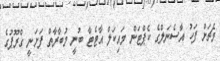
މެޗަށް ފަހު އާސެނަލްގެ ކެޕްޓަން މައިކަލް އާޓެޓާ ބުނީ މުބާރާތް ފަށަނީ ގްރޫޕުގެ